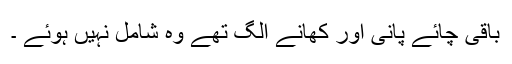
باقی چائے پانی اور کھانے الگ تھے وہ شامل نہیں ہوئے ۔